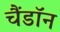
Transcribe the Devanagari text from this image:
चैंडॉन